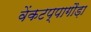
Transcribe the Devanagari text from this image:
वेंकटप्पागौड़ा